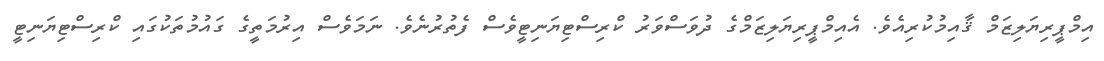
އިމްޕީރިޔަލިޒަމް ޤާއިމުކުރިއެވެ. އެއިމްޕީރިޔަލިޒަމްގެ ދުވަސްވަރު ކްރިސްޓިޔަނިޓީވެސް ފެތުރުނެވެ. ނަމަވެސް އިރުމަތީގެ ގައުމުތަކުގައި ކްރިސްޓިޔަނިޓީ